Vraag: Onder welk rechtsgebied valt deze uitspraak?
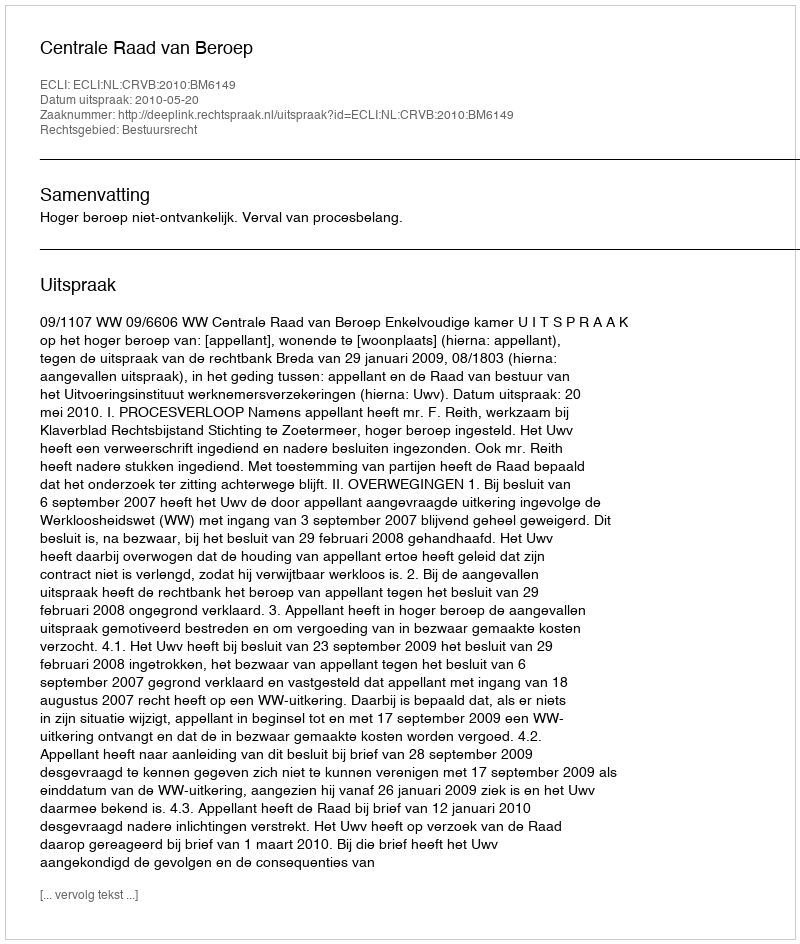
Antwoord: Bestuursrecht